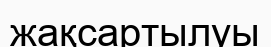
жақсартылуы